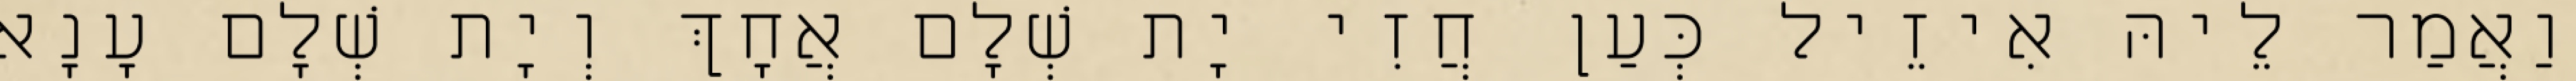
וַאֲמַר לֵיהּ אִיזֵיל כְּעַן חֲזִי יָת שְׁלָם אֲחָךְ וְיָת שְׁלָם עָנָא